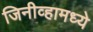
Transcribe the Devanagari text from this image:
जिनीव्हामध्ये